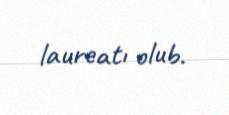
laureatı olub.